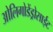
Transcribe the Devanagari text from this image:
ओलिगोडेंड्रोसाईट